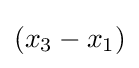
(x_{3}-x_{1})